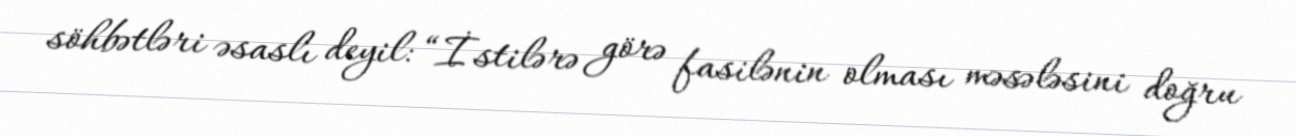
söhbətləri əsaslı deyil: “İstilərə görə fasilənin olması məsələsini doğru